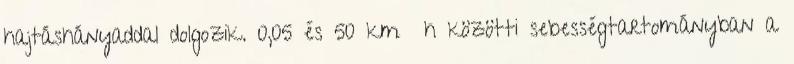
hajtáshányaddal dolgozik. 0,05 és 50 km h közötti sebességtartományban a